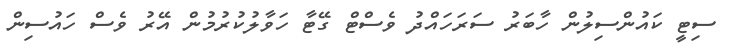
ސިޓީ ކައުންސިލުން ހާބަރު ސަރަހައްދު ވެސްޓް ގޭޓާ ހަވާލުކުރުމުން އޭރު ވެސް ހައުސިން